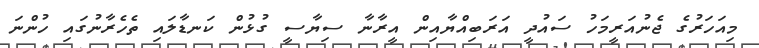
މިއަހަރުގެ ޖެނުއަރީމަހު ސައުދީ އަރަބިއްޔާއިން އީރާނާ ސިޔާސީ ގުޅުން ކަނޑާލައި ތެހެރާނުގައި ހުންނަ